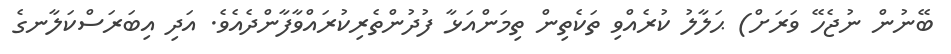
ބޭނުން ނުޖެހޭ ވަރަށް) ޙަލާލު ކުރެއްވި ތަކެތިން ތިމަންއަޅާ ފުދުންތެރިކުރައްވާފާންދެއެވެ. އަދި އިބަރަސްކަލާނގެ